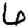
Digit: 6